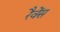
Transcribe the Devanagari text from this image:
रैवेंस